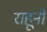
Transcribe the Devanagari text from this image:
राहूनी